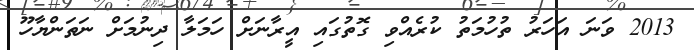
2013 ވަނަ އަހަރު ތުހުމަތު ކުރެއްވި ގޮތުގައި އީރާނަށް ހަމަލާ ދިނުމަށް ނަތަންޔާހޫ